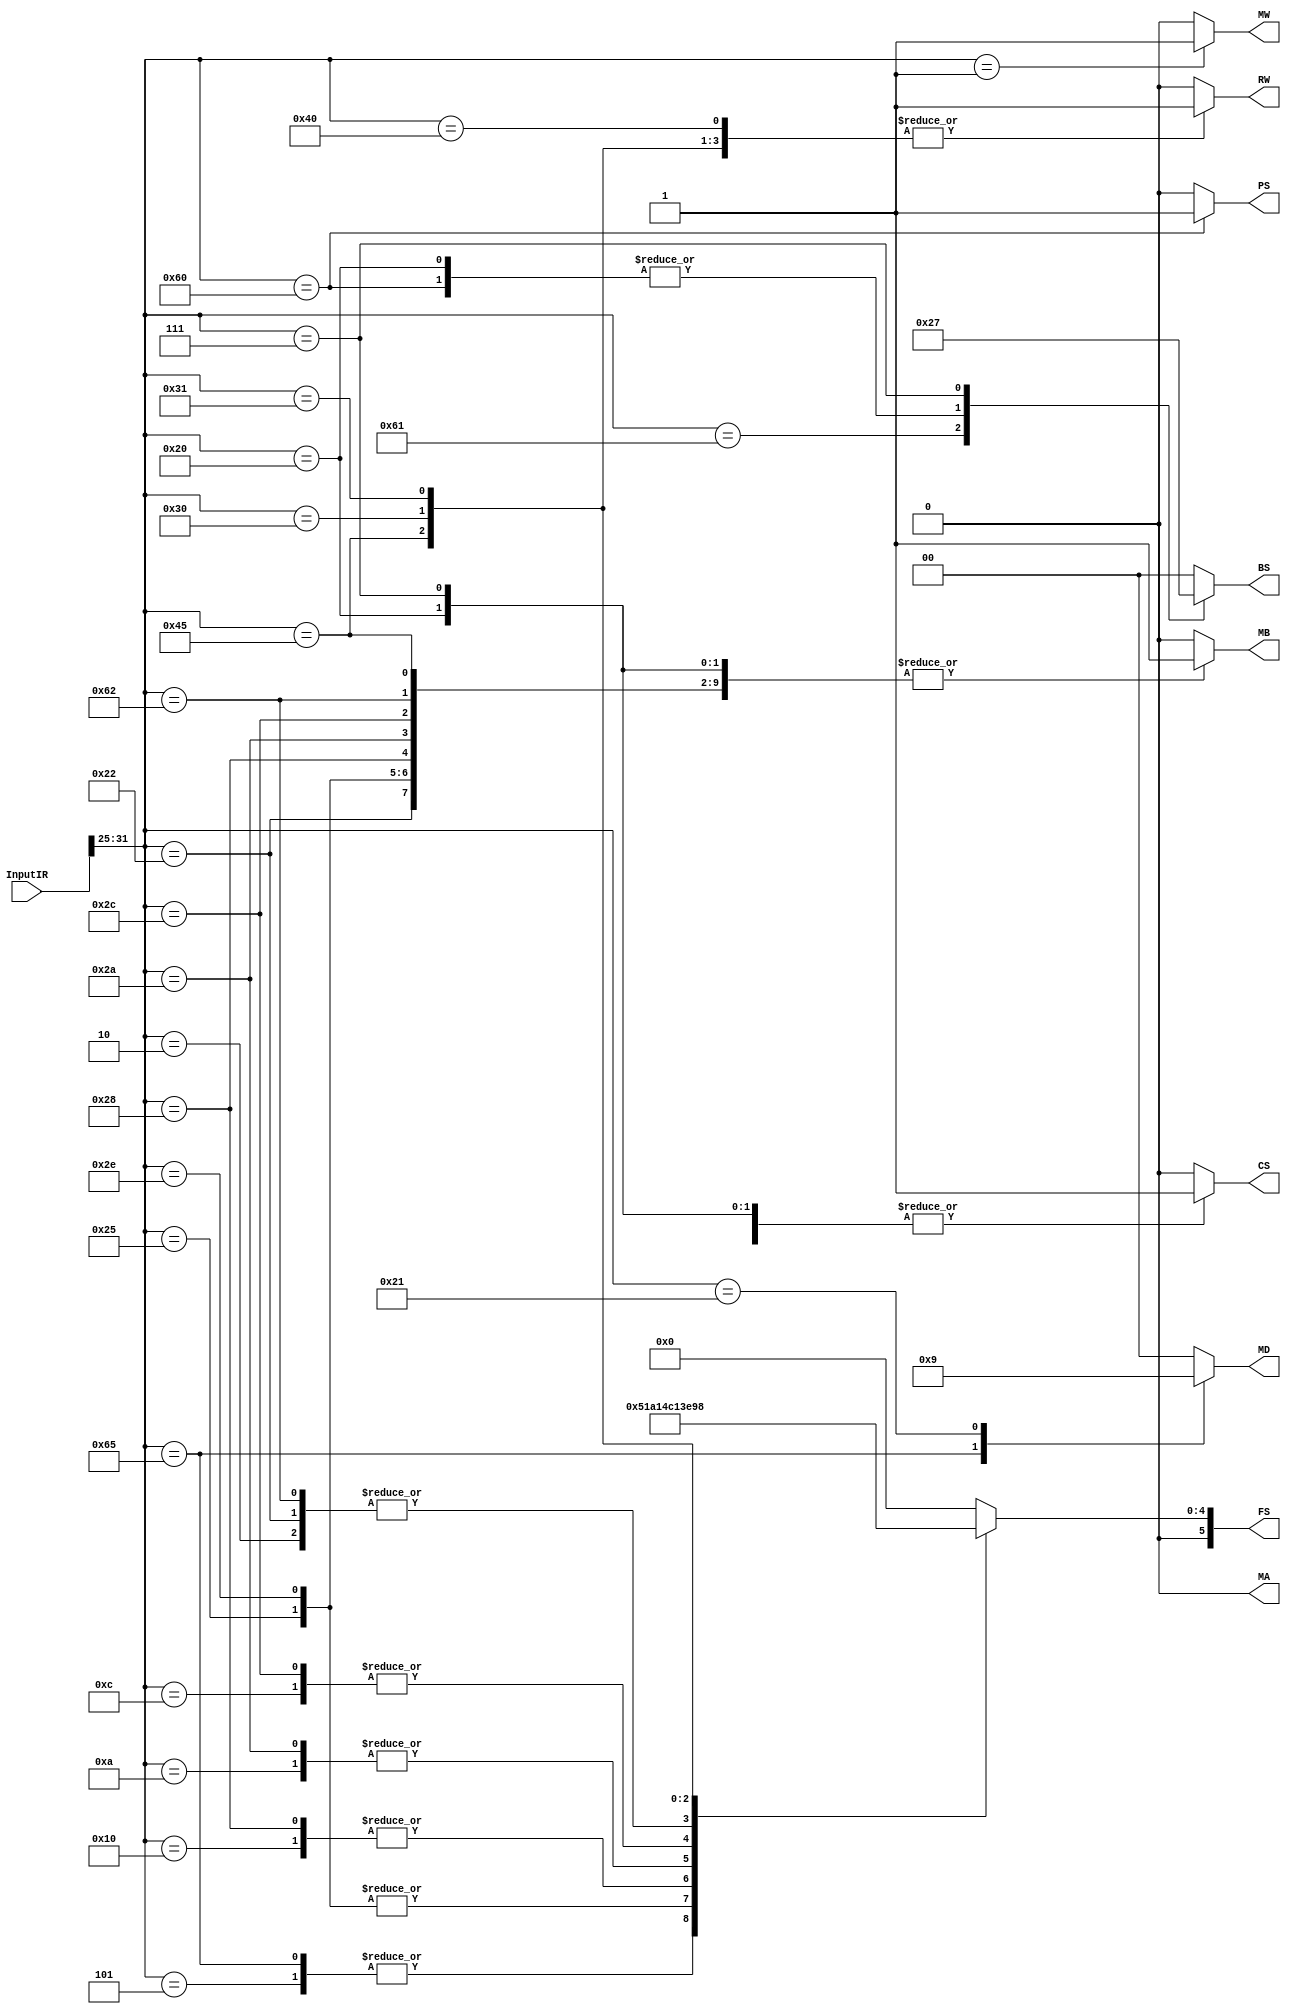
`timescale 1ns / 1ps
//////////////////////////////////////////////////////////////////////////////////
// Company: 
// Engineer: 
// 
// Design Name: 
// Module Name:    InstructionDecoder 
// Project Name: 
// Target Devices: 
// Tool versions: 
// Description: 
//
// Dependencies: 
//
// Revision: 
// Revision 0.01 - File Created
// Additional Comments: 
//
//////////////////////////////////////////////////////////////////////////////////
module InstructionDecoder(
    input [31:0] InputIR,
    output reg RW,	// Register Memory Read/Write
    output reg [1:0] MD, // Mux D Select
    output reg [1:0] BS, // Mux C Branch Select?
    output reg PS, // 
    output reg MW, // Data Memory Write
    output reg [5:0] FS, // Function Select
    output reg MA, // Mux A Select
    output reg MB, // Mux B Select
    output reg CS);// Constant Select
	 
	 initial begin
		RW=0;
		MD=0;
		BS=0;
		PS=0;
		MW=0;
		FS=0;
		MA=0;
		MB=0;
		CS=0;
	 end
	 
	 wire [6:0] Select;
	 assign Select = InputIR[31:25];
	 
	 
	 always @(InputIR) begin
		RW=0;
		MD=0;
		BS=0;
		PS=0;
		MW=0;
		FS=0;
		MA=0;
		MB=0;
		CS=0;
		case(InputIR[31:25])
			7'b0000000: begin		// NOP 
							RW=0;
							BS=0;
							MW=0;
						end
			7'b0000010: begin		// ADD
							RW=1;
							MD=0;
							BS=0;
							MW=0;
							FS=2;
							MB=0;
							MA=0;
						end
			7'b0000101: begin		// SUB
							RW=1;
							MD=0;
							BS=0;
							MW=0;
							FS=5;
							MB=0;
							MA=0;
						end
			7'b1100101: begin		// SLT
							RW=1;
							MD=2;
							BS=0;
							MW=0;
							FS=5;
							MB=0;
							MA=0;
						end
			7'b0010000: begin		// AND
							RW=1;
							MD=0;
							BS=0;
							MW=0;
							FS=8;
							MB=0;
							MA=0;
						end
			7'b0001010: begin		// OR
							RW=1;
							MD=0;
							BS=0;
							MW=0;
							FS=10;
							MB=0;
							MA=0;
						end
			7'b0001100: begin		// XOR
							RW=1;
							MD=0;
							BS=0;
							MW=0;
							FS=12;
							MB=0;
							MA=0;
						end
			7'b0000001: begin		// ST
							RW=0;
							MD=0;
							BS=0;
							MW=1;
							MB=0;
							MA=0;
						end
			7'b0100001: begin		// LD
							RW=1;
							MD=1;
							BS=0;
							MW=0;
							MA=0;
						end
			7'b0100010: begin		// ADI
							RW=1;
							MD=0;
							BS=0;
							MW=0;
							FS=2;
							MB=1;
							MA=0;
							CS=1;
						end
			7'b0100101: begin		// SBI
							RW=1;
							MD=0;
							BS=0;
							MW=0;
							FS=3;
							MB=1;
							MA=0;
							CS=1;
						end
			7'b0101110: begin		// NOT
							RW=1;
							MD=0;
							BS=0;
							MW=0;
							FS=3;
							MB=13;
							MA=0;
						end
			7'b0101000: begin		// ANI
							RW=1;
							MD=0;
							BS=0;
							MW=0;
							FS=8;
							MB=1;
							MA=0;
							CS=0;
						end
			7'b0101010: begin		// ORI
							RW=1;
							MD=0;
							BS=0;
							MW=0;
							FS=10;
							MB=1;
							MA=0;
							CS=0;
						end
			7'b0101100: begin		// XRI
							RW=1;
							MD=0;
							BS=0;
							MW=0;
							FS=12;
							MB=1;
							MA=0;
							CS=0;
						end
			7'b1100010: begin		// AIU
							RW=1;
							MD=0;
							BS=0;
							MW=0;
							FS=2;
							MB=1;
							MA=0;
							CS=0;
						end
			7'b1000101: begin		// SIU
							RW=1;
							MD=0;
							BS=0;
							MW=0;
							FS=15;
							MB=1;
							MA=0;
							CS=0;
						end
			7'b1000000: begin		// MOV
							RW=1;
							MD=0;
							BS=0;
							MW=0;
							FS=0;
							MA=0;
						end
			7'b0110000: begin		// LSL
							RW=1;
							MD=0;
							BS=0;
							MW=0;
							FS=20;
							MA=0;
						end
			7'b0110001: begin		// LSR
							RW=1;
							MD=0;
							BS=0;
							MW=0;
							FS=24;
							MA=0;
						end
			7'b1100001: begin		// JMR
							RW=0;
							BS=2;
							MW=0;
							FS=0;
						end
			7'b0100000: begin		// BZ
							RW=0;
							BS=1;
							PS=0;
							MW=0;
							FS=0;
							MB=1;
							MA=0;
							CS=1;
						end
			7'b1100000: begin		// BNZ
							RW=0;
							BS=1;
							PS=1;
							MW=0;
							FS=0;
							MB=1;
							MA=0;
							CS=1;
						end
			7'b0000111: begin		// JMP
							RW=0;
							BS=3;
							MW=0;
							MB=1;
							CS=1;
						end
			7'b1100000: begin		// JML
							RW=1;
							MD=0;
							BS=3;
							MW=0;
							FS=7;
							MB=1;
							MA=1;
							CS=1;
						end
		endcase
	 end
endmodule